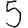
Digit: 5